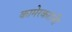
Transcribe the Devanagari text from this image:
कामेरकरांनी